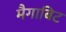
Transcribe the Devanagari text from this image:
मैगाबिट